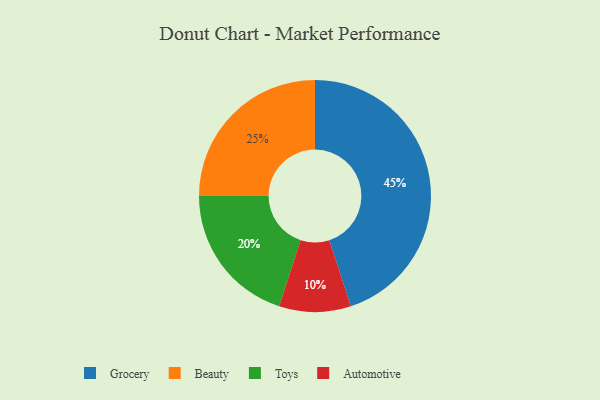
{"axis": {"x": "Category", "y": "Percentage"}, "legend": ["Automotive", "Beauty", "Grocery", "Toys"], "data": [{"x": "Toys", "y": 20, "type": "Toys"}, {"x": "Automotive", "y": 10, "type": "Automotive"}, {"x": "Grocery", "y": 45, "type": "Grocery"}, {"x": "Beauty", "y": 25, "type": "Beauty"}]}